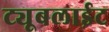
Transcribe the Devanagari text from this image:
ट्यूबलाईट